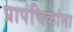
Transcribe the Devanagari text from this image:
प्रापंचिकांना